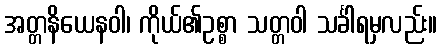
အတ္တနိယေနဝါ၊ ကိုယ်၏ဥစ္စာ သတ္တဝါ သင်္ခါရမှလည်း။